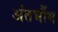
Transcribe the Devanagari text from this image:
अंतर्भौम